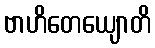
ဗာဟိတေယျောတိ